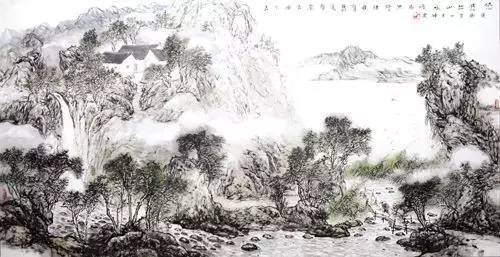
白云回望合，青霭入看无。